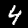
Digit: 4